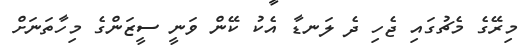
މިރޭގެ މެޗުގައި ޖެހި ދެ ލަނޑާ އެކު ކޭން ވަނީ ސީޒަންގެ މިހާތަނަށް